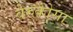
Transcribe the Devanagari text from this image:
वेरुकोसा